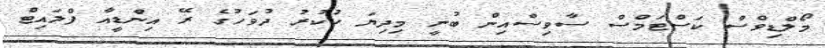
މޯލްޑިވްސް ކަސްޓަމްސް ސާވިސްއިން ބުނީ މިދިޔަ ހުކުރު ދުވަހުގެ ރޭ އިންޑީއާ ފްލައިޓް